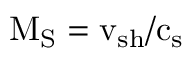
\mathrm { M _ { S } = v _ { s h } / c _ { s } }